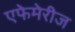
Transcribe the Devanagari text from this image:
एफेमेरीज